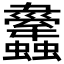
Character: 𧕱